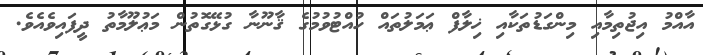
އާއްމު އިޖުތިމާއި މިންގަޑުތަކާއި ޚިލާފް ޢަމަލުތައް ހުއްޓުވުމުގެ ޤާނޫނާ ގުޅޭގޮތުން މަޢުލޫމާތު ދީފައިވެއެވެ.